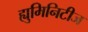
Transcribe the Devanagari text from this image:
ह्युमिनिटीज